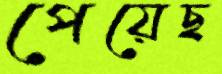
পেয়েছ